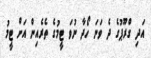
އަދި ގްރޫޕުގެ ދެ ވަނަ ހޯދާ ނުވަ ޓީމުގެ ތެރެއިން އަށް ޓީމު